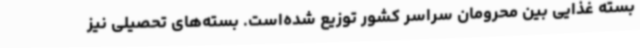
بسته غذایی بین محرومان سراسر کشور توزیع شده‌است. بسته‌های تحصیلی نیز